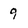
Character: 9